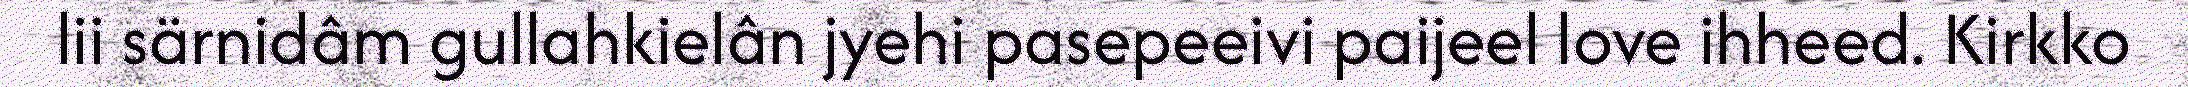
lii särnidâm gullahkielân jyehi pasepeeivi paijeel love ihheed. Kirkko